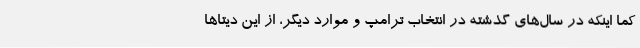
کما اینکه در سال‌های گذشته در انتخاب ترامپ و موارد دیگر، از این دیتاها